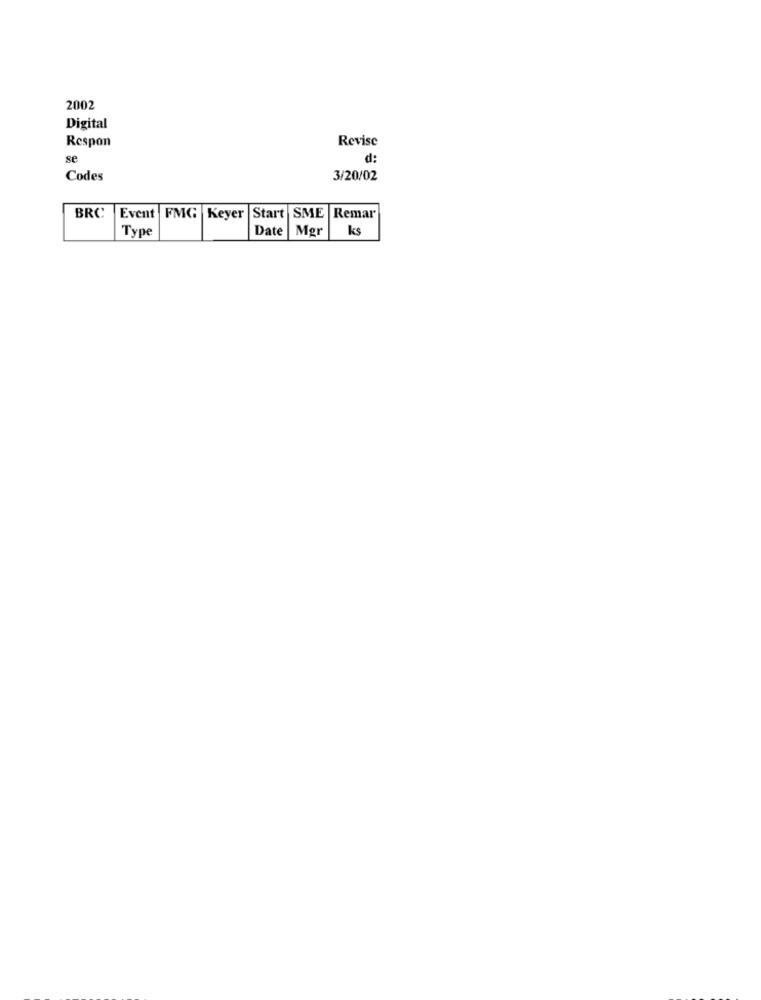
2002
Digital
Respon
Revise
se
d:
Codes
3/20/02
BRC
Event FMG |Keyer Start SME |Remar
Type
Date |Mgr
ks